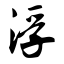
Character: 浮